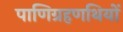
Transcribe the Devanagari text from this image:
पाणिग्रहणथियों